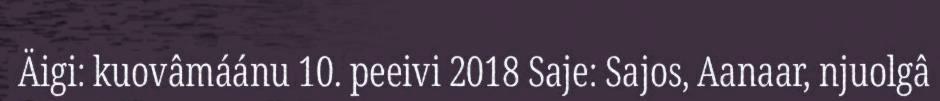
Äigi: kuovâmáánu 10. peeivi 2018 Saje: Sajos, Aanaar, njuolgâ